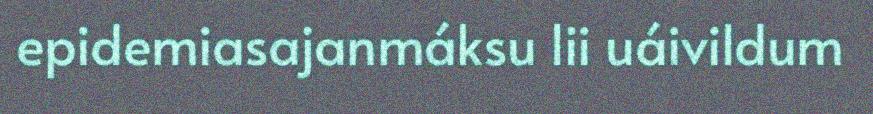
epidemiasajanmáksu lii uáivildum